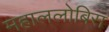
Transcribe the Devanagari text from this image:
महाललोबिस